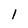
Character: 1